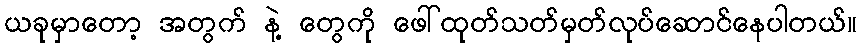
ယခုမှာတော့ အတွက် နဲ့ တွေကို ဖေါ်ထုတ်သတ်မှတ်လုပ်ဆောင်နေပါတယ်။